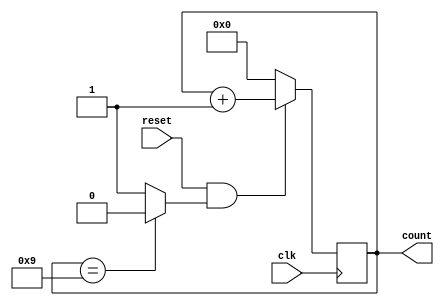
module counter_mod10 (clk, reset, count);

	input clk, reset;
	output [3:0] count;

	wire reset_comb;
	reg [3:0] reg_count;
	
	assign count = reg_count;
	assign reset_comb = (reset & ((reg_count == 4'b1001) ? 1'b0 : 1'b1));
	
	always @ (posedge clk) begin
		
		if (!reset_comb) reg_count <= 4'b0000;
		else reg_count <= reg_count + 1'b1;
		
	end

endmodule